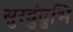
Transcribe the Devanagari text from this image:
सुरदुंदुभि